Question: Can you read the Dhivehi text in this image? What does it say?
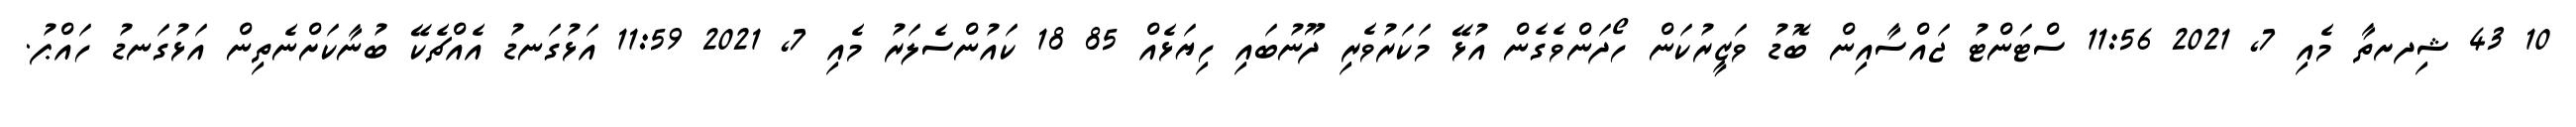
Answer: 10 43 ޝިދށތާ މެއި 7, 2021 11:56 ސްޓަންޓު ޖައްސާއިން ބޮޑު ވަޒީރުކަން ހޯދަންވެގެން އުޅޭ މަކަރުވެރި ދޫނުބައި ހިޔަޅެއް 85 18 ކައުންސެލަރު މެއި 7, 2021 11:59 އަޅުގަނޑު އެއްޗެކޭ ބުނާކަށްނެތިން އަޅުގަނޑު ހައްޕު.